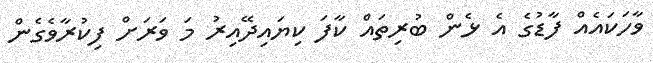
ވާހަކައެއް ފާޑުގެ އެ ޅެން ބުރިތައް ކާފަ ކިޔައިދޭއިރު މަ ވަރަށް ފިކުރާވެގެން